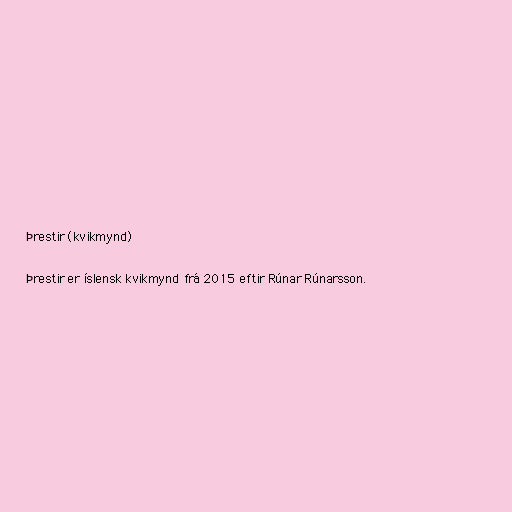
Þrestir (kvikmynd)

Þrestir er íslensk kvikmynd frá 2015 eftir Rúnar Rúnarsson.